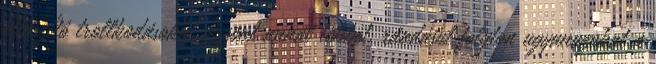
vitaszí­tó trollkodásokat viszont annál többet, ráadásul folyton ugyanazokat a